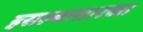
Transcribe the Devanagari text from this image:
हसल्यासारखा